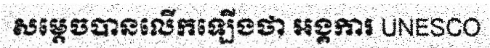
សម្តេចបានលើកឡើងថា អង្គការ UNESCO